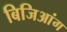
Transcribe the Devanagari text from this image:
बिजिआंग